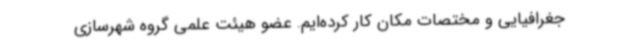
جغرافیایی و مختصات مکان کار کرده‌ایم. عضو هیئت علمی گروه شهرسازی